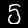
Digit: 5